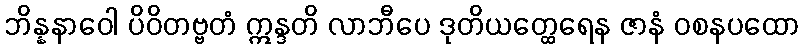
ဘိန္နနာဝေါ ပိဝိတဗ္ဗတံ ဣန္ဒတိ လာဘီပေ ဒုတိယတ္ထေရေန ဇာနံ ဝစနပထော